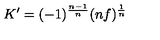
K ^ { \prime } = ( - 1 ) ^ { \frac { n - 1 } { n } } ( n f ) ^ { \frac { 1 } { n } }